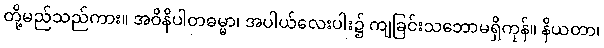
တို့မည်သည်ကား။ အဝိနိပါတဓမ္မာ၊ အပါယ်လေးပါး၌ ကျခြင်းသဘောမရှိကုန်။ နိယတာ၊